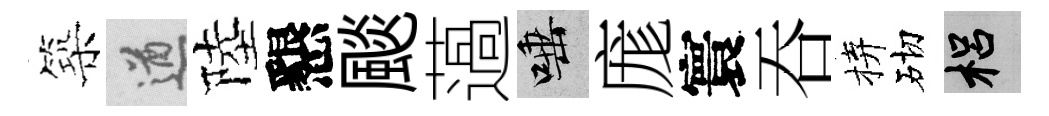
築遒陸懇颷薖唾庬寰吞拚砌梠